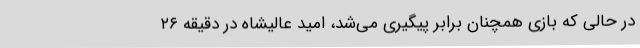
در حالی که بازی همچنان برابر پیگیری می‌شد، امید عالیشاه در دقیقه ۲۶